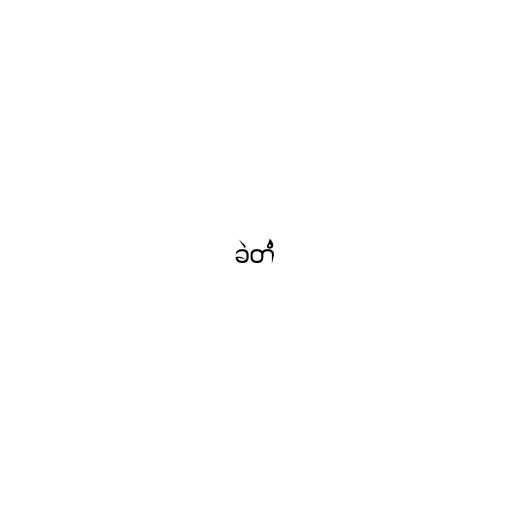
ခဲတံ